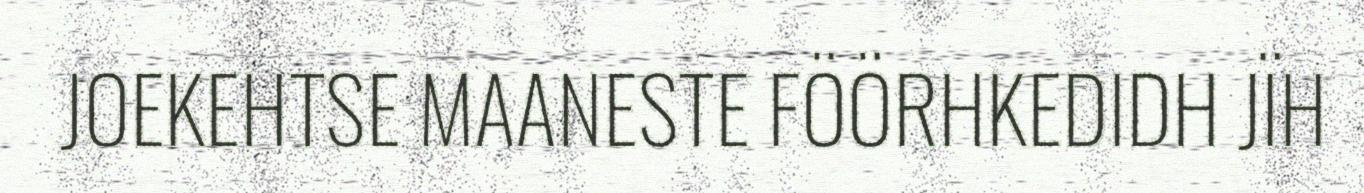
JOEKEHTSE MAANESTE FÖÖRHKEDIDH JÏH